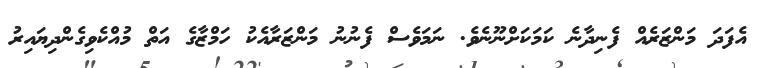
އެފަދަ މަންޒަރެއް ފެނިދާނެ ކަމަކަށްނޫނެވެ. ނަމަވެސް ފެނުނު މަންޒަރާއެކު ހަމްޒާގެ އަތް މުއްކެވިގެންދިޔައިރު